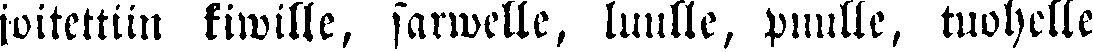
joitettiin kiwille, sarwelle, luulle, puulle, tuohelle